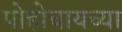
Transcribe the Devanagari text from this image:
पोहोचायच्या